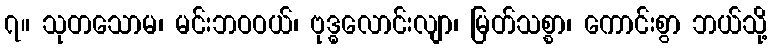
၇။ သုတသောမ၊ မင်းဘဝဝယ်၊ ဗုဒ္ဓလောင်းလျာ၊ မြတ်သစ္စာ၊ ကောင်းစွာ ဘယ်သို့